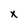
Character: x